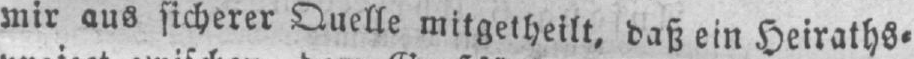
mir aus sicherer Quelle mitgetheilt, daß ein Heiraths⸗